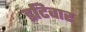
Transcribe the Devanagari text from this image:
इटिवार